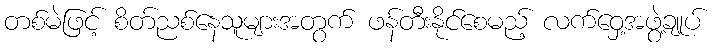
တစ်မဲဖြင့် စိတ်ညစ်နေသူများအတွက် ဖန်တီးနိုင်စေမည့် လက်ဝှေ့အဖွဲ့ချုပ်